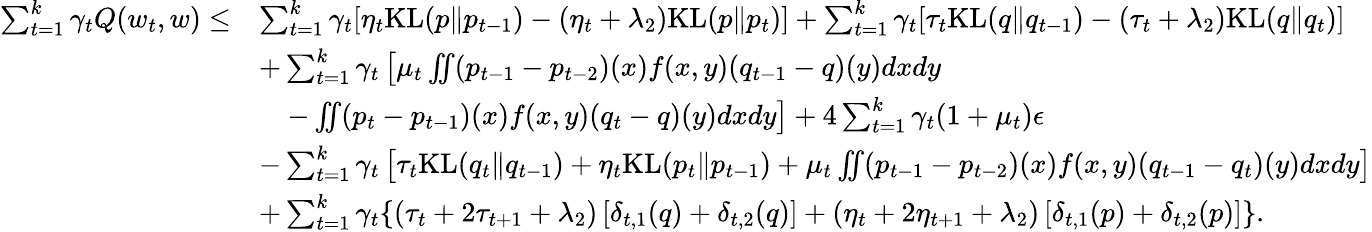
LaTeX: \begin{array}{rl}{\sum_{t=1}^{k}\gamma_{t}Q(w_{t},w)\leq}&{\sum_{t=1}^{k}\gamma_{t}[\eta_{t}\mathrm{KL}(p\| p_{t-1})-(\eta_{t}+\lambda_{2})\mathrm{KL}(p\| p_{t})]+\sum_{t=1}^{k}\gamma_{t}[\tau_{t}\mathrm{KL}(q\| q_{t-1})-(\tau_{t}+\lambda_{2})\mathrm{KL}(q\| q_{t})]}\\ &{+\sum_{t=1}^{k}\gamma_{t}\left[\mu_{t}\iint(p_{t-1}-p_{t-2})(x)f(x,y)(q_{t-1}-q)(y)dxdy\right.}\\ &{\left.\, \, \, \, \, \, -\iint(p_{t}-p_{t-1})(x)f(x,y)(q_{t}-q)(y)dxdy\right]+4\sum_{t=1}^{k}\gamma_{t}(1+\mu_{t})\epsilon}\\ &{-\sum_{t=1}^{k}\gamma_{t}\left[\tau_{t}\mathrm{KL}(q_{t}\| q_{t-1})+\eta_{t}\mathrm{KL}(p_{t}\| p_{t-1})+\mu_{t}\iint(p_{t-1}-p_{t-2})(x)f(x,y)(q_{t-1}-q_{t})(y)dxdy\right]}\\ &{+\sum_{t=1}^{k}\gamma_{t}\{ (\tau_{t}+2\tau_{t+1}+\lambda_{2})\left[\delta_{t,1}(q)+\delta_{t,2}(q)\right]+(\eta_{t}+2\eta_{t+1}+\lambda_{2})\left[\delta_{t,1}(p)+\delta_{t,2}(p)\right]\} .}\end{array}